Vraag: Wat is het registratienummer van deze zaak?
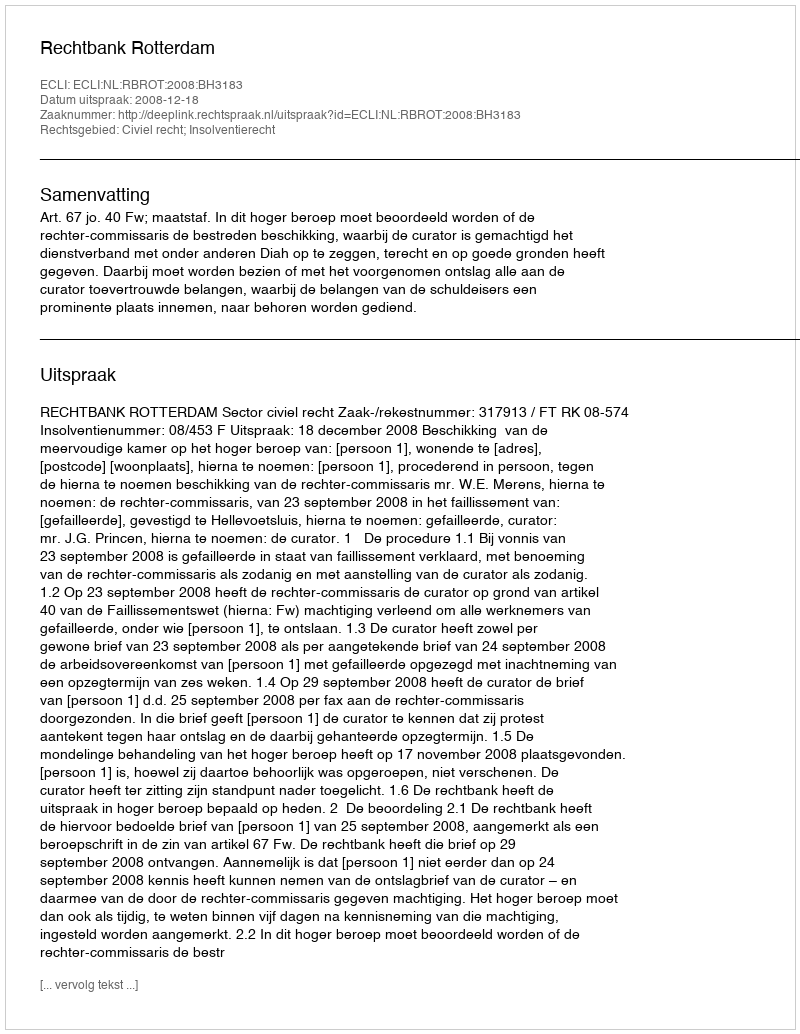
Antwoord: http://deeplink.rechtspraak.nl/uitspraak?id=ECLI:NL:RBROT:2008:BH3183